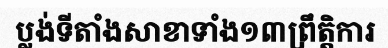
ប្លង់ទីតាំងសាខាទាំង១៣ព្រឹត្តិការ